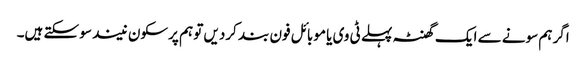
اگر ہم سونے سے ایک گھنٹہ پہلے ٹی وی یا موبائل فون بند کردیں تو ہم پرسکون نیند سو سکتے ہیں۔